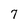
Character: 7